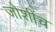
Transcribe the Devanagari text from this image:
जोशींच